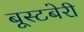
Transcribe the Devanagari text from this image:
बूस्टबेरी